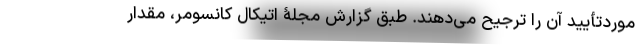
موردتأیید آن را ترجیح می‌دهند. طبق گزارش مجلۀ اتیکال کانسومر، مقدار